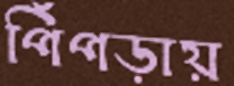
পিঁপড়ায়